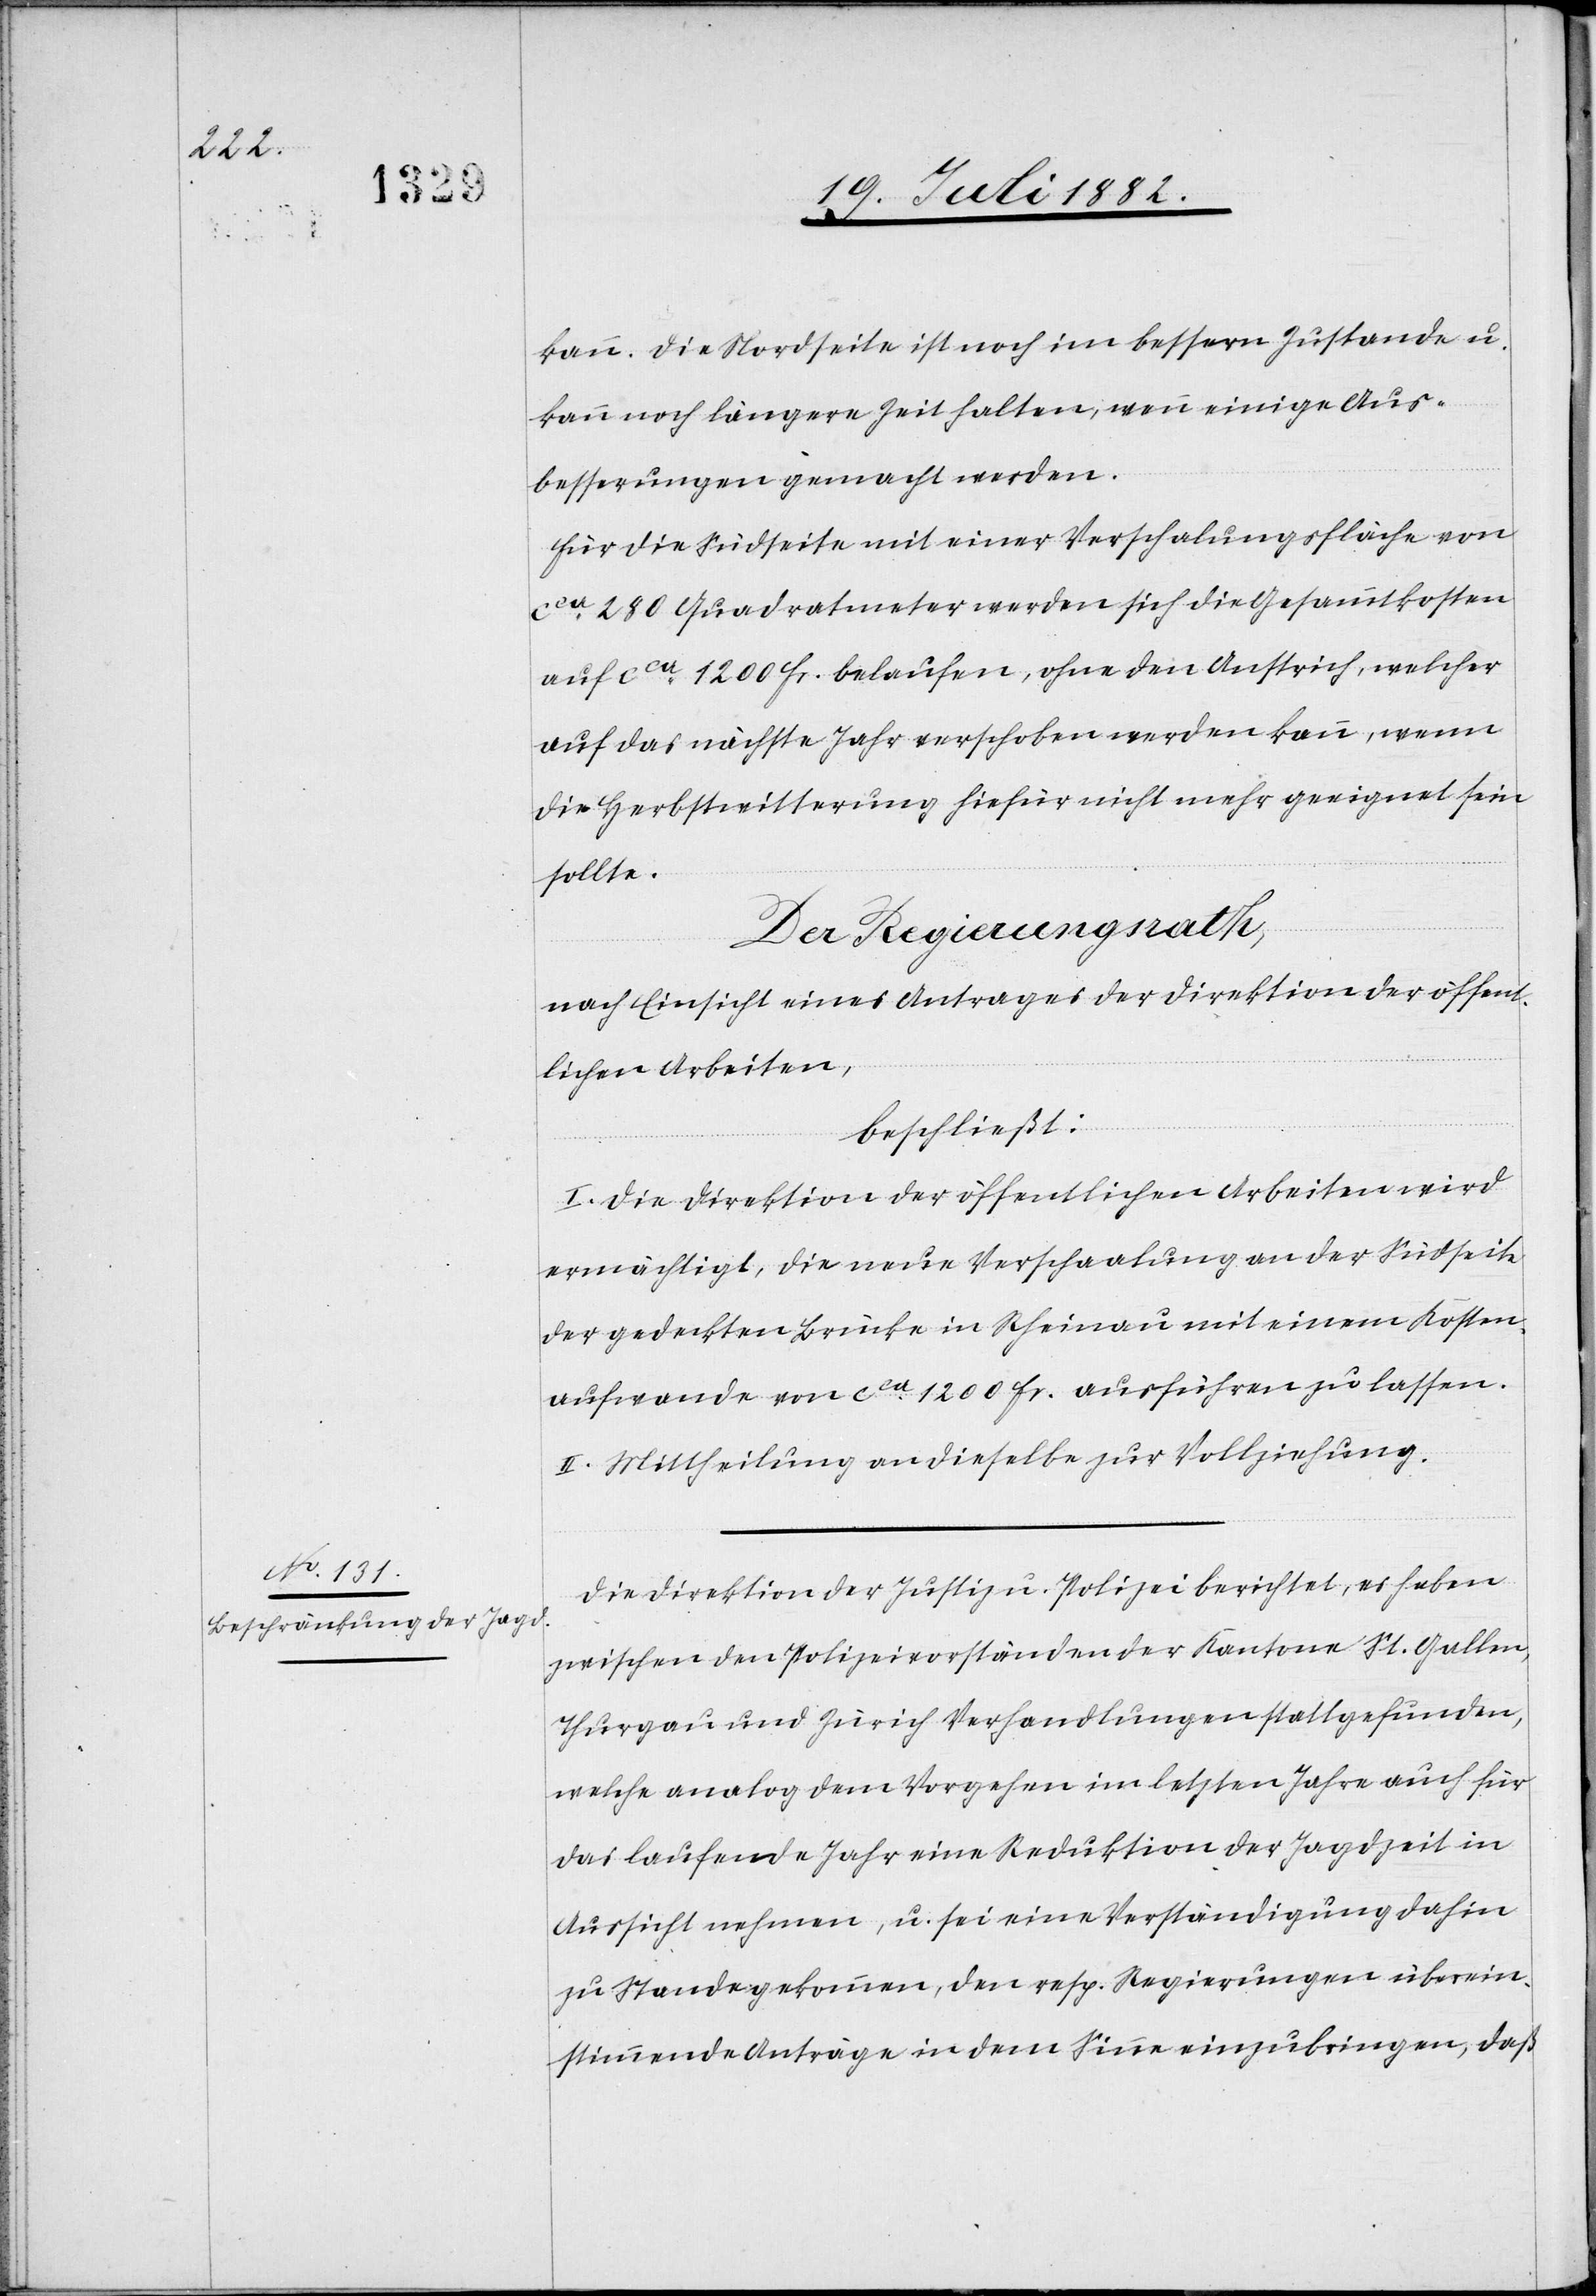
kann. Die Nordseite ist noch im bessern Zustande u.
kann noch längere Zeit halten, wenn einige Aus¬
besserungen gemacht werden.
Für die Südseite mit einer Verschalungsfläche von
ca 280 Quadratmeter werden sich die Gesammtkosten
auf ca 1200 Fr. belaufen, ohne den Anstrich, welcher
auf das nächste Jahr verschoben werden kann, wenn
die Herbstwitterung hiefür nicht mehr geeignet sein
sollte.
Der Regierungsrath,
nach Einsicht eines Antrages der Direktion der öffent¬
lichen Arbeiten,
beschließt:
I. Die Direktion der öffentlichen Arbeiten wird
ermächtigt, die neue Verschaalung an der Südseite
der gedeckten Brücke in Rheinau mit einem Kosten¬
aufwande von ca 1200 Fr. ausführen zu lassen.
II. Mittheilung an dieselbe zur Vollziehung.
Die Direktion der Justiz & Polizei berichtet, es haben
zwischen den Polizeivorständen der Kantone St. Gallen,
Thurgau und Zürich Verhandlungen stattgefunden,
welche analog dem Vorgehen im letzten Jahre auch für
das laufende Jahr eine Reduktion der Jagdzeit in
Aussicht nehmen, u. sei eine Verständigung dahin
zu Stande gekommen, den resp. Regierungen überein¬
stimmende Anträge in dem Sinne einzubringen, daß